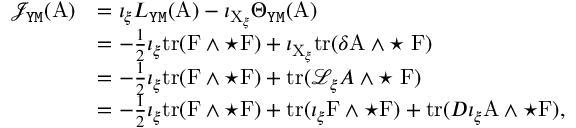
\begin{array} { r l } { \mathcal { J } _ { \mathtt { Y M } } ( \mathrm { A } ) } & { = \iota _ { \xi } L _ { \mathtt { Y M } } ( \mathrm { A } ) - \iota _ { \mathrm { X } _ { \xi } } \Theta _ { \mathtt { Y M } } ( \mathrm { A } ) } \\ & { = - \frac { 1 } { 2 } \iota _ { \xi } \mathrm { t r } ( \mathrm { F } \wedge \star \mathrm { F } ) + \iota _ { \mathrm { X } _ { \xi } } \mathrm { t r } ( \delta \mathrm { A } \wedge \star \; \mathrm { F } ) } \\ & { = - \frac { 1 } { 2 } \iota _ { \xi } \mathrm { t r } ( \mathrm { F } \wedge \star \mathrm { F } ) + \mathrm { t r } ( \mathcal { L } _ { \xi } A \wedge \star \; \mathrm { F } ) } \\ & { = - \frac { 1 } { 2 } \iota _ { \xi } \mathrm { t r } ( \mathrm { F } \wedge \star \mathrm { F } ) + \mathrm { t r } ( \iota _ { \xi } \mathrm { F } \wedge \star \mathrm { F } ) + \mathrm { t r } ( D \iota _ { \xi } \mathrm { A } \wedge \star \mathrm { F } ) , } \end{array}